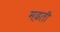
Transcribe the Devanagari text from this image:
मढ़ती